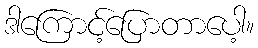
ဒါကြောင့်ပြောတာပေါ့။